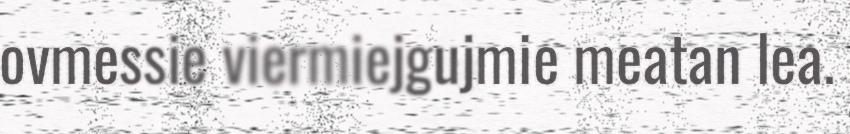
ovmessie viermiejgujmie meatan lea.